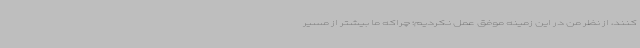
کنند، از نظر من در این زمینه موفق عمل نکردیم؛ چراکه ما بیشتر از مسیر